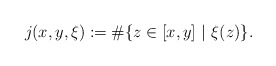
\begin{align*}j(x,y,\xi):=\#\{ z\in [x,y] \ | \ \xi(z) \}.\end{align*}